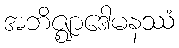
အဘိဇ္ဈာဒေါမနဿံ